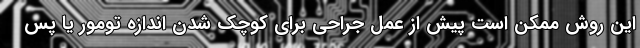
این روش ممکن است پیش از عمل جراحی برای کوچک شدن اندازه تومور یا پس